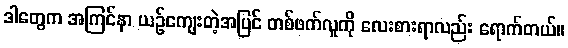
ဒါတွေက အကြင်နာ ယဉ်ကျေးတဲ့အပြင် တစ်ဖက်လူကို လေးစားရာလည်း ရောက်တယ်။